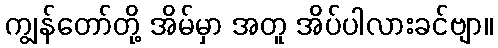
ကျွန်တော်တို့ အိမ်မှာ အတူ အိပ်ပါလားခင်ဗျာ။